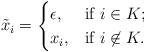
\begin{align*} \tilde{x}_i=\begin{cases} \epsilon,& \mbox{if}\ i\in K;\\ x_i,& \mbox{if}\ i\not \in K. \end{cases}\end{align*}